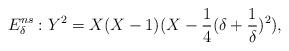
LaTeX: \begin{align*}E_{\delta}^{ns}:Y^{2}=X(X-1)(X-\frac{1}{4}(\delta+\frac{1}{\delta})^{2}),\end{align*}